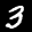
Label: 3